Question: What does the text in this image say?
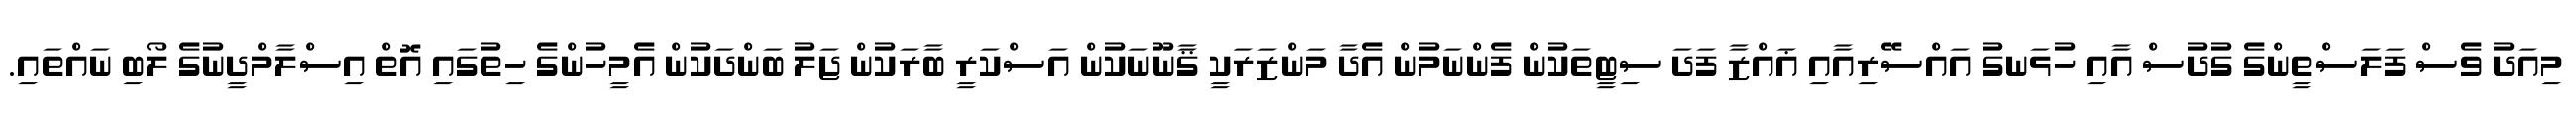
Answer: މިއަދު ވެސް ފަލަސްތީންގެ ގުދުސް އާއި ހުޅަނގު އައްސޭރިއާއި ޣައްޒާ ފަދަ ސިޓީތަކުން ފެންނަމުން އެދާ މަންޒަރަކީ ޤާނޫނަކުން އަސްކަރީ ބާރަކުން ޖަލު ބަންދަކުން އެމީހުންގެ ހިތުގައި އޮތް އިސްލާމްދީނުގެ ލޯބި ނައްތައި.